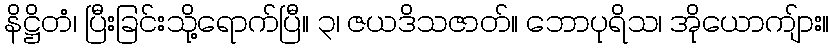
နိဋ္ဌိတံ၊ ပြီးခြင်းသို့ရောက်ပြီ။ ၃၊ ဇယဒိသဇာတ်။ ဘောပုရိသ၊ အိုယောကျ်ား။